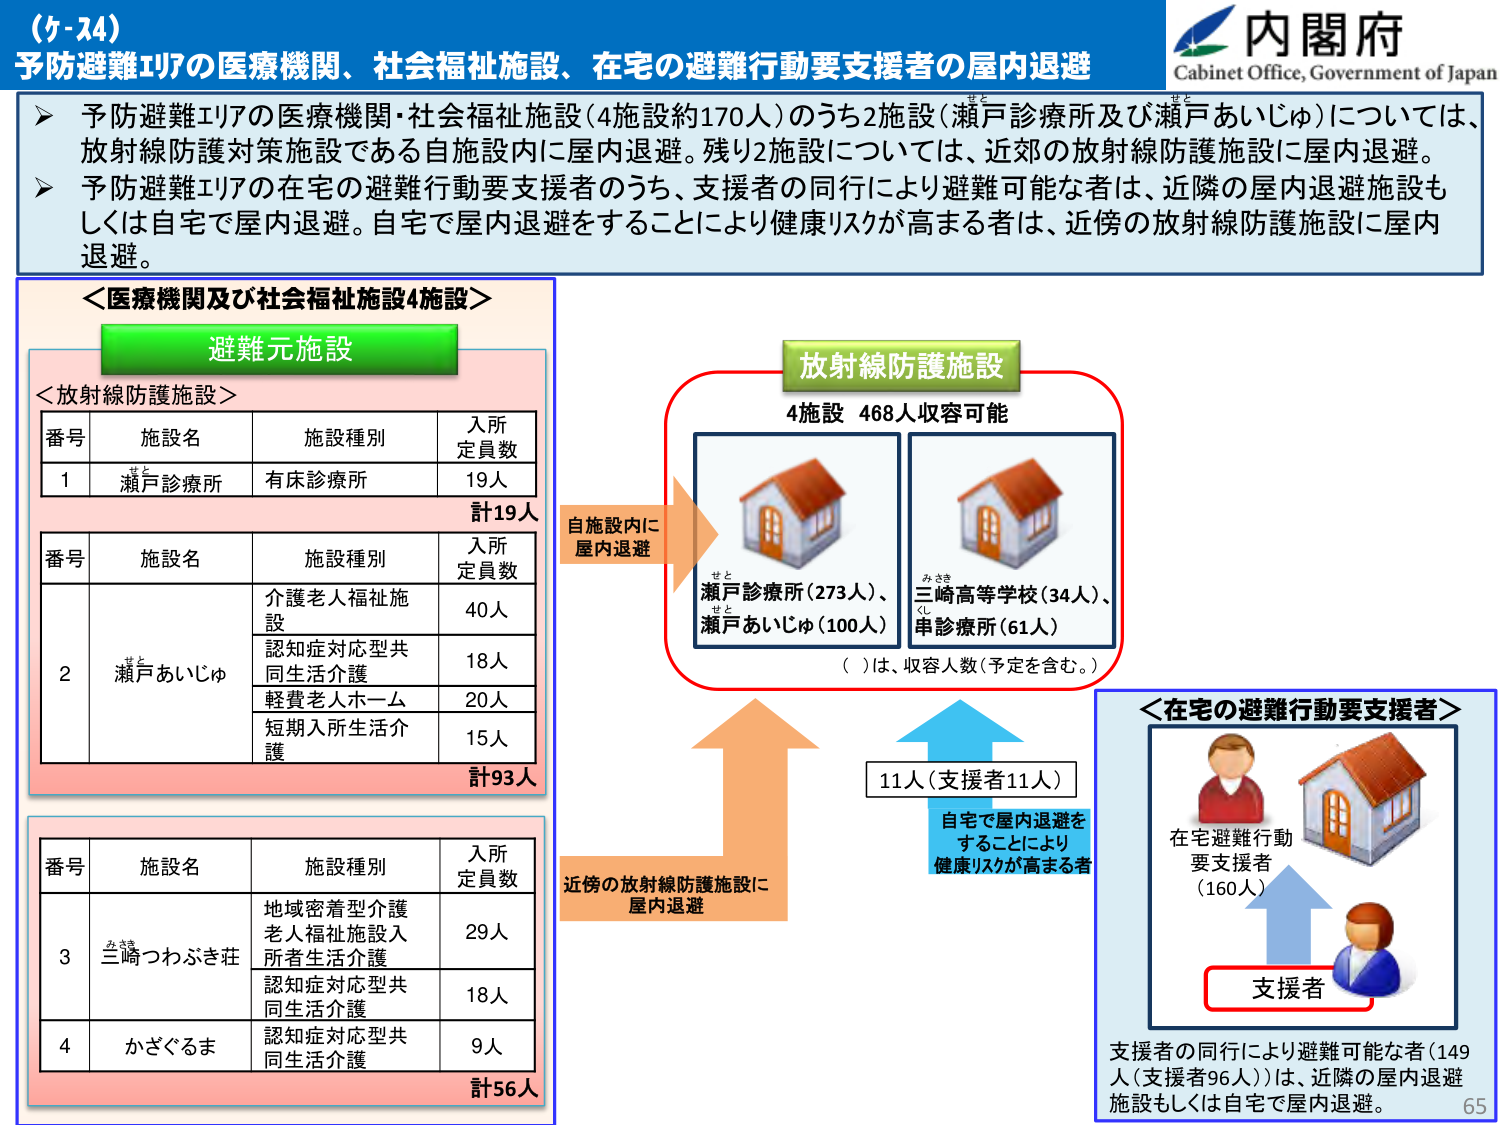
（ケ-24）
予防避難エリアの医療機関、社会福祉施設、在宅の避難行動要支援者の屋内退避

内閣府
Cabinet Office, Government of Japan

➤ 予防避難エリアの医療機関・社会福祉施設（4施設約170人）のうち2施設（瀬戸診療所及び瀬戸あいじゅ）については、放射線防護対策施設である自施設内に屋内退避。残り2施設については、近郊の放射線防護施設に屋内退避。
➤ 予防避難エリアの在宅の避難行動要支援者のうち、支援者の同行により避難可能な者は、近隣の屋内退避施設もしくは自宅で屋内退避。自宅で屋内退避をすることにより健康リスクが高まる者は、近傍の放射線防護施設に屋内退避。

＜医療機関及び社会福祉施設4施設＞
避難元施設

＜放射線防護施設＞
番号 施設名 施設種別 入所定員数
1 瀬戸診療所 有床診療所 19人
計19人

番号 施設名 施設種別 入所定員数
2 瀬戸あいじゅ 介護老人福祉施設 40人
認知症対応型共同生活介護 18人
軽費老人ホーム 20人
短期入所生活介護 15人
計93人

番号 施設名 施設種別 入所定員数
3 三崎つわぶき荘 地域密着型介護老人福祉施設入所者生活介護 29人
認知症対応型共同生活介護 18人
4 かざぐるま 認知症対応型共同生活介護 9人
計56人

放射線防護施設
4施設 468人収容可能

自施設内に屋内退避
瀬戸診療所（273人）、瀬戸あいじゅ（100人）
三崎高等学校（34人）、串診療所（61人）
（ ）は、収容人数（予定を含む。）

近傍の放射線防護施設に屋内退避
11人（支援者11人）
自宅で屋内退避をすることにより健康リスクが高まる者

＜在宅の避難行動要支援者＞
在宅避難行動要支援者（160人）
支援者
支援者の同行により避難可能な者（149人（支援者96人））は、近隣の屋内退避施設もしくは自宅で屋内退避。

65